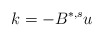
\begin{align*}k=-B^{*,s}u\end{align*}